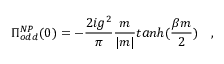
\Pi _ { o d d } ^ { N P } ( 0 ) = - \frac { 2 i g ^ { 2 } } { \pi } \frac { m } { | m | } t a n h ( \frac { \beta m } { 2 } ) ~ ~ ~ ,